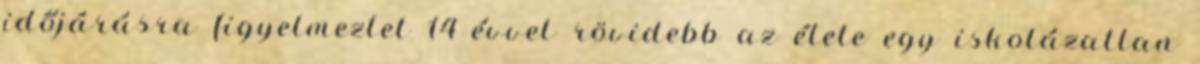
időjárásra figyelmeztet 14 évvel rövidebb az élete egy iskolázatlan